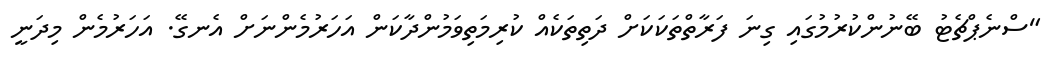
"ސްނެޕްޗެޓު ބޭނުންކުރުމުގައި ގިނަ ފަރާތްތަކަކަށް ދަތިތަކެއް ކުރިމަތިވަމުންދާކަން އަހަރުމެންނަށް އެނގޭ. އަހަރުމެން މިދަނީ